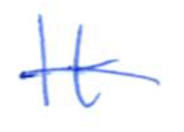
Text: It
Cross-out: single-line
Writing tool: ballpoint